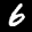
Label: 6